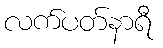
လက်ပတ်နာရီ